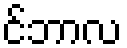
င်ဘာလ